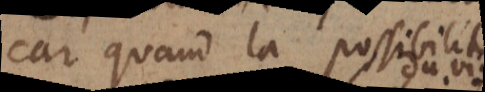
car quand la possibilité